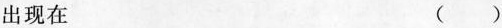
出现在 ()